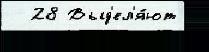
  28 Выд'ел'я́ют